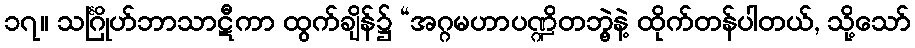
၁၇။ သင်္ဂြိုဟ်ဘာသာဋီကာ ထွက်ချိန်၌ “အဂ္ဂမဟာပဏ္ဍိတဘွဲ့နဲ့ ထိုက်တန်ပါတယ်, သို့သော်